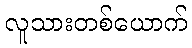
လူသားတစ်ယောက်